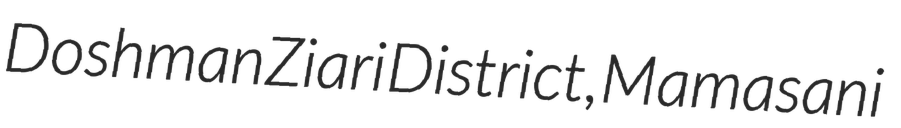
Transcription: Doshman Ziari District, Mamasani